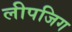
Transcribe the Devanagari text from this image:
लीपजिग